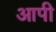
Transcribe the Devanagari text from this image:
आपी